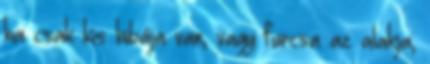
ha csak kis hibája van, vagy furcsa az alakja;